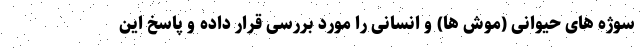
سوژه های حیوانی (موش ها) و انسانی را مورد بررسی قرار داده و پاسخ این